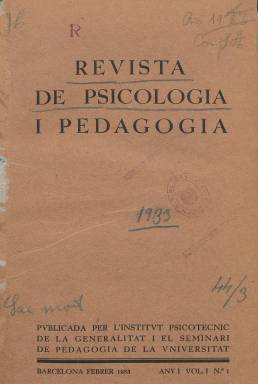
Título: Revista de psicología i pedagogia
Colección: Educación
Ámbito geográfico: Barcelona
Lugar de publicación: Barcelona
Fechas: 01/02/1933-30/11/1936

Publicación trimestral especializada de gran calidad cuyos textos lo componen artículos de renombrados especialistas en las áreas de la psicología y la educación, dos campos que la publicación trata conjuntamente. La mayor parte de las colaboraciones están escritas en catalán, aunque también se pueden encontrar textos en castellano.

Dirigida por Emili Mira y Joaquim Xirau, la revista era editada en Barcelona por el Instituto Psicotécnico de la Generalitat y el Seminario de Pedagogía de la Universidad. Su primer número salió en febrero de 1933. En la colección de la Biblioteca Nacional de España falta los números del año 1936 salvo el de noviembre de ese año, que posiblemente sería el último dada la situación de guerra que vivía España.

   En cada uno de los números había un sumario son el contenido de la publicación así como un índice de autores. Además de los artículos, la revista informaba de las conferencias y congresos internacionales de su especialidad e incluía una bibliografía de obras recomendadas con una pequeña reseña.

   La paginación superaba normalmente las cien páginas y los textos se veían a veces acompañados de tablas numéricas o gráficos de experimentos psicotécnicos que hacían más amena la publicación. No había fotografías, aunque hay una excepción. En el primer número de la revista, en sus últimas páginas, se pueden ver fotografías de las instalaciones del centro editor y de distintos aparatos y equipos con los que se realizaban diferentes pruebas.

  Otra gran excepción gráfica se puede ver en el número de noviembre de 1935, aunque no es una fotografía sino un retrato a carboncillo a página completa de Manuel Bartolomé Cossío con motivo de su muerte. Cossío, sucesor de Francisco Giner de los Ríos en la Institución Libre de Enseñanza, director del Museo Pedagógico Nacional y presidente de las Misiones Pedagógicas, fue la figura más sobresaliente de este campo en el primer tercio del siglo XX.

  Dicho número de la revista recoge fragmentos de los escritos de Cossío, así como artículos de otros autores dedicados a elogiar su trabajo y trayectoria.

[Descripción publicada el 06/10/2022]